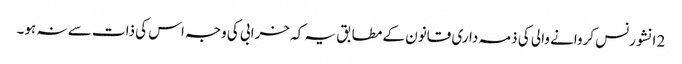
2 انشورنس کروانے والی کی ذمہ داری قانون کے مطابق یہ کہ خرابی کی وجہ اس کی ذات سے نہ ہو۔